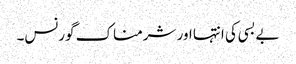
بے بسی کی انتہا اور شرمناک گورنس۔